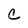
Character: c